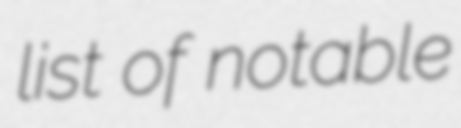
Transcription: list of notable